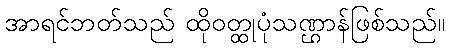
အာရင်ဘတ်သည် ထိုဝတ္ထုပုံသဏ္ဌာန်ဖြစ်သည်။